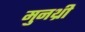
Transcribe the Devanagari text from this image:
मुनथ्री